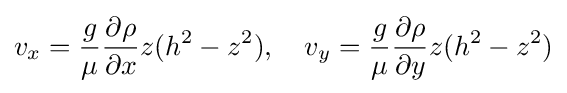
v_{x}={\frac {g}{\mu }}{\frac {\partial \rho }{\partial x}}z(h^{2}-z^{2}),\quad v_{y}={\frac {g}{\mu }}{\frac {\partial \rho }{\partial y}}z(h^{2}-z^{2})